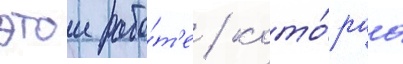
этои рабо́т'е / кото́раа